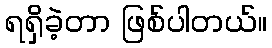
ရရှိခဲ့တာ ဖြစ်ပါတယ်။